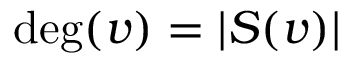
\deg ( v ) = | S ( v ) |